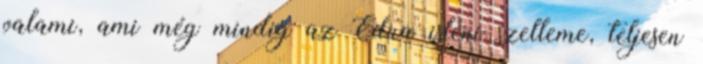
valami, ami még mindig az Edua isteni szelleme, teljesen